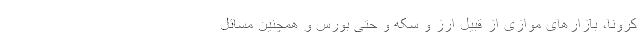
کرونا، بازارهای موازی از قبیل ارز و سکه و حتی بورس و همچنین مسائل